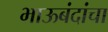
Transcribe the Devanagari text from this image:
भाऊबंदांचा